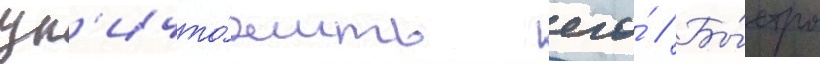
ун'ичто́жить его́ // Бы́стро